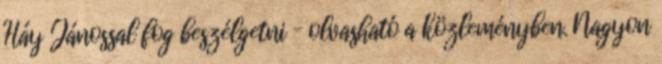
Háy Jánossal fog beszélgetni – olvasható a közleményben. Nagyon